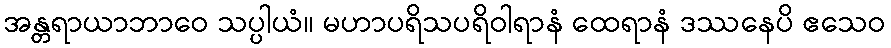
အန္တရာယာဘာဝေ သပ္ပါယံ။ မဟာပရိသပရိဝါရာနံ ထေရာနံ ဒဿနေပိ ဧသေဝ